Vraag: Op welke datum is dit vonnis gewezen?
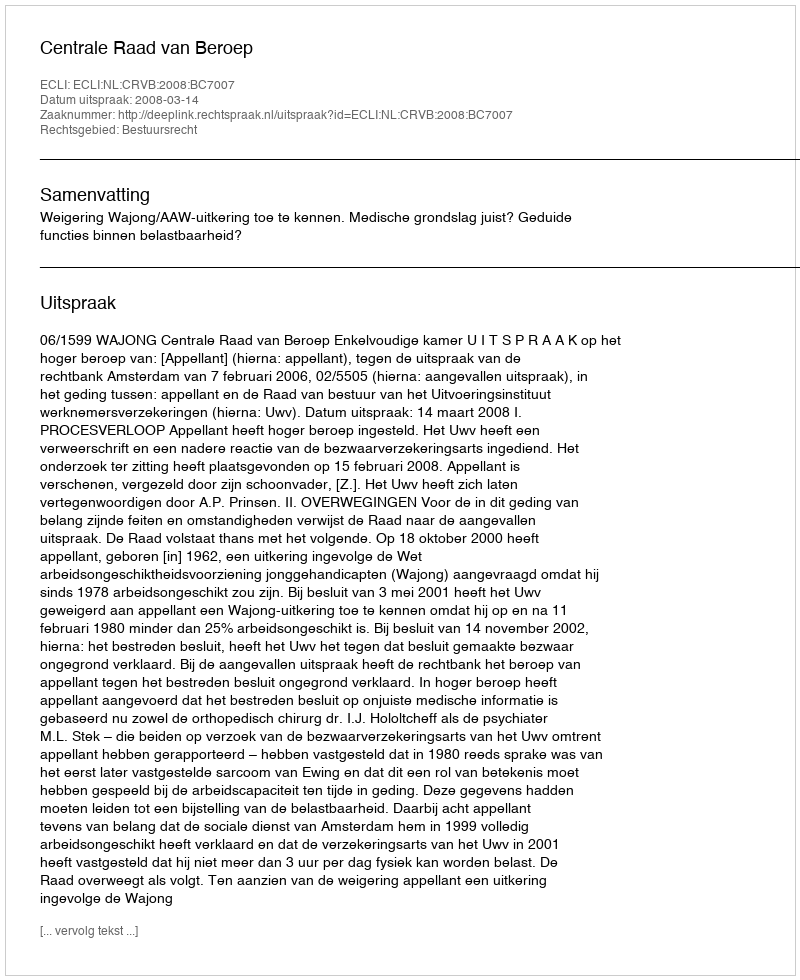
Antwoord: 2008-03-14